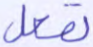
تفعل